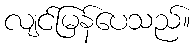
လျင်မြန်ပေသည်။